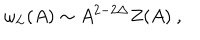
LaTeX: \omega _ { L } ( A ) \sim A ^ { 2 - 2 \Delta } Z ( A ) \ ,